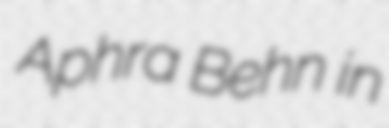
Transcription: Aphra Behn in